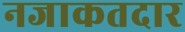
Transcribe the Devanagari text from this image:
नजाकतदार